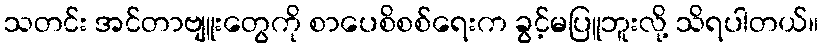
သတင်း အင်တာဗျူးတွေကို စာပေစိစစ်ရေးက ခွင့်မပြူဘူးလို့ သိရပါတယ်။